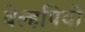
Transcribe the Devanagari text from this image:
वेल्हपियो